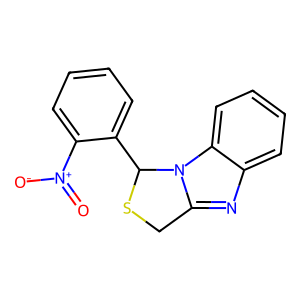
SMILES: O=[N+]([O-])c1ccccc1C1SCc2nc3ccccc3n21
Inhibits HIV replication: Yes